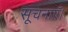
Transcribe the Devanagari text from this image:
सूचनाएँ।